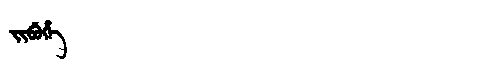
Manchu: ᠵᡳᠪᡠᡥᡝ
Romanization: JIBUHE